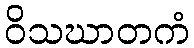
ဝိသဃာတကံ